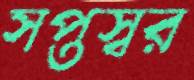
সপ্তস্বর